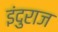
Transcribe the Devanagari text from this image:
इंदुराज